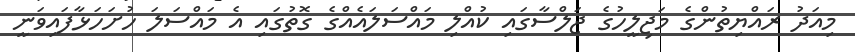
މިއަދު ރައްޔިތުންގެ މަޖިލީހުގެ ޖަލްސާގައި ކުއްލި މައްސަލައެއްގެ ގޮތުގައި އެ މައްސަލަ ހުށަހަޅާފައިވަނީ